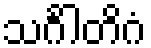
သင်္ဂါတိဂံ